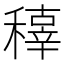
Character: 𥢍